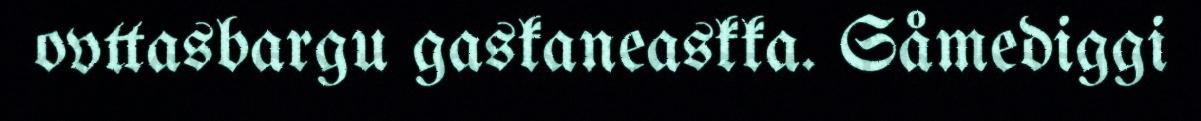
ovttasbargu gaskaneaskka. Såmediggi